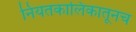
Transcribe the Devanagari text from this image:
नियतकालिकातूनच